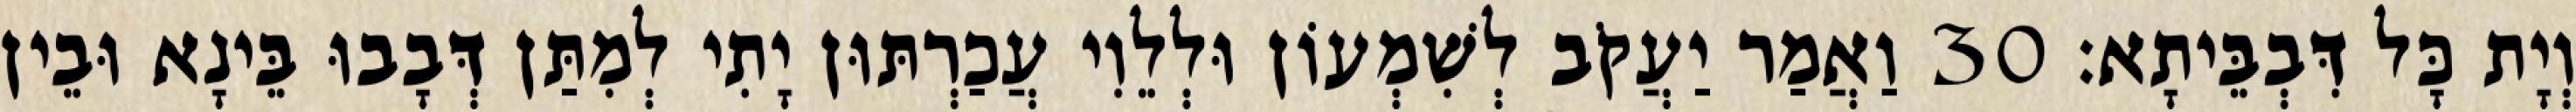
וְיָת כָּל דִּבְבֵּיתָא׃ 30 וַאֲמַר יַעֲקֹב לְשִׁמְעוֹן וּלְלֵוִי עֲכַרְתּוּן יָתִי לְמִתַּן דְּבָבוּ בֵּינָא וּבֵין